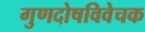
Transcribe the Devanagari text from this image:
गुणदोषविवेचक